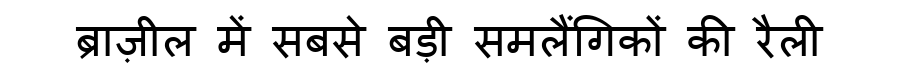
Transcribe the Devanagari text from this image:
ब्राज़ील में सबसे बड़ी समलैंगिकों की रैली